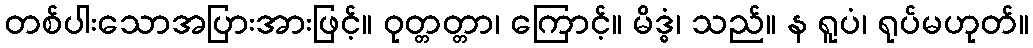
တစ်ပါးသောအပြားအားဖြင့်။ ဝုတ္တတ္တာ၊ ကြောင့်။ မိဒ္ဓံ၊ သည်။ န ရူပံ၊ ရုပ်မဟုတ်။